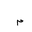
Letter: _mim